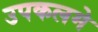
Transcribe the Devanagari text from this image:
उपकलमे